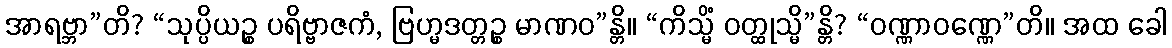
အာရဗ္ဘာ”တိ? “သုပ္ပိယဉ္စ ပရိဗ္ဗာဇကံ, ဗြဟ္မဒတ္တဉ္စ မာဏဝ”န္တိ။ “ကိသ္မိံ ဝတ္ထုသ္မိ”န္တိ? “ဝဏ္ဏာဝဏ္ဏေ”တိ။ အထ ခေါ